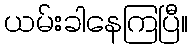
ယမ်းခါနေကြပြီ။